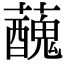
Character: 𧃝